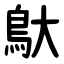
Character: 䲦